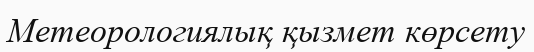
Метеорологиялық қызмет көрсету